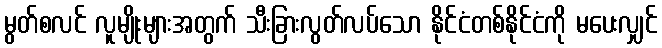
မွတ်စလင် လူမျိုးများအတွက် သီးခြားလွတ်လပ်သော နိုင်ငံတစ်နိုင်ငံကို မပေးလျှင်